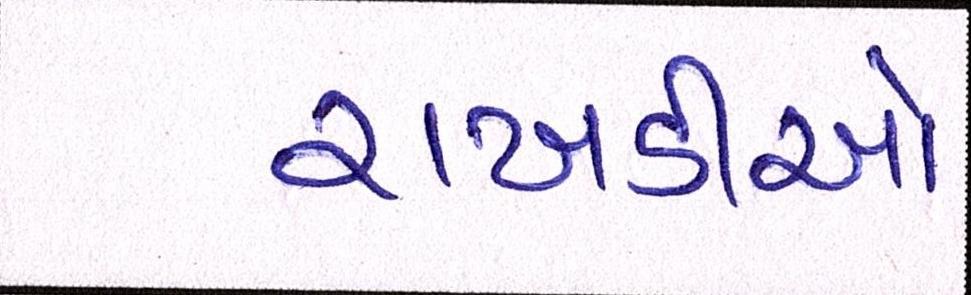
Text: રાખડીઓ